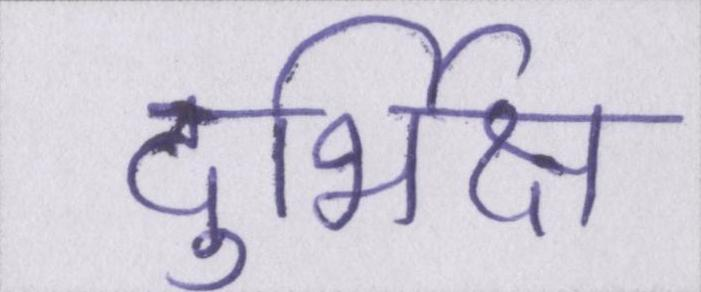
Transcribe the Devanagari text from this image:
दुर्भिक्ष